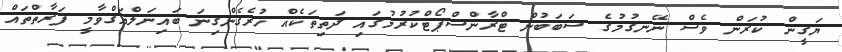
ޔަގީން ކުރަން ވެސް ނޭނގުމުގެ ސަބަބުން ޓްރާންސްޕޯޓްކުރުމުގައި ދަތިތަކެއް ހުރެގެންގިނަ ބައިނަލްއަގްވާމީ ފަރާތްތައް